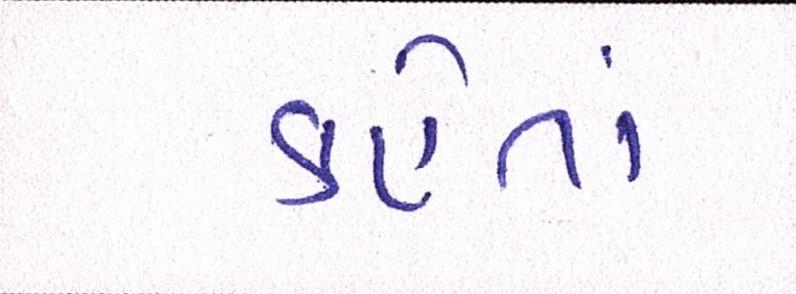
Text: કહેતાં